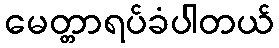
မေတ္တာရပ်ခံပါတယ်